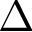
\Delta